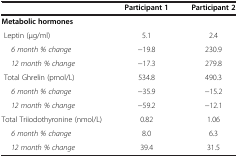
|  | Participant 1 | Participant 2 |
 | --- | --- | --- |
 | Metabolic hormones |  |  |
 | Leptin (μg/ml) | 5.1 | 2.4 |
 | 6 month % change | −19.8 | 230.9 |
 | 12 month % change | −17.3 | 279.8 |
 | Total Ghrelin (pmol/L) | 534.8 | 490.3 |
 | 6 month % change | −35.9 | −15.2 |
 | 12 month % change | −59.2 | −12.1 |
 | Total Triiodothyronine (nmol/L) | 0.82 | 1.06 |
 | 6 month % change | 8.0 | 6.3 |
 | 12 month % change | 39.4 | 31.5 |